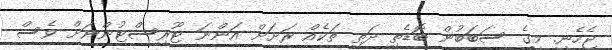
ޖެހެނީ. މީގެ ސަބަބުން ބޮޑެތި ދަތި ތަކެއް ރަށަށް އަންނަ ޓޫރިސްޓުންނަށް ވެސް